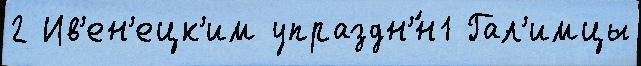
2 Ив'ен'ецк'им упраздн'́н1 Гал'имцы